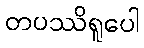
တပဿိရူပေါ